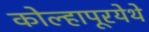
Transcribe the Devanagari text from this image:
कोल्हापूरयेथे